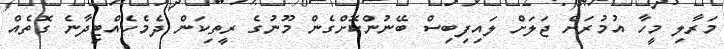
މަރާލި މީހާ އުމުރަށް ޖަލަށް ލައިފިބިސް ބޭނުންކޮށްގެން މޫނުގެ ރީތިކަން ދެމެހެއްޓިދާނެ ގޮތެއް